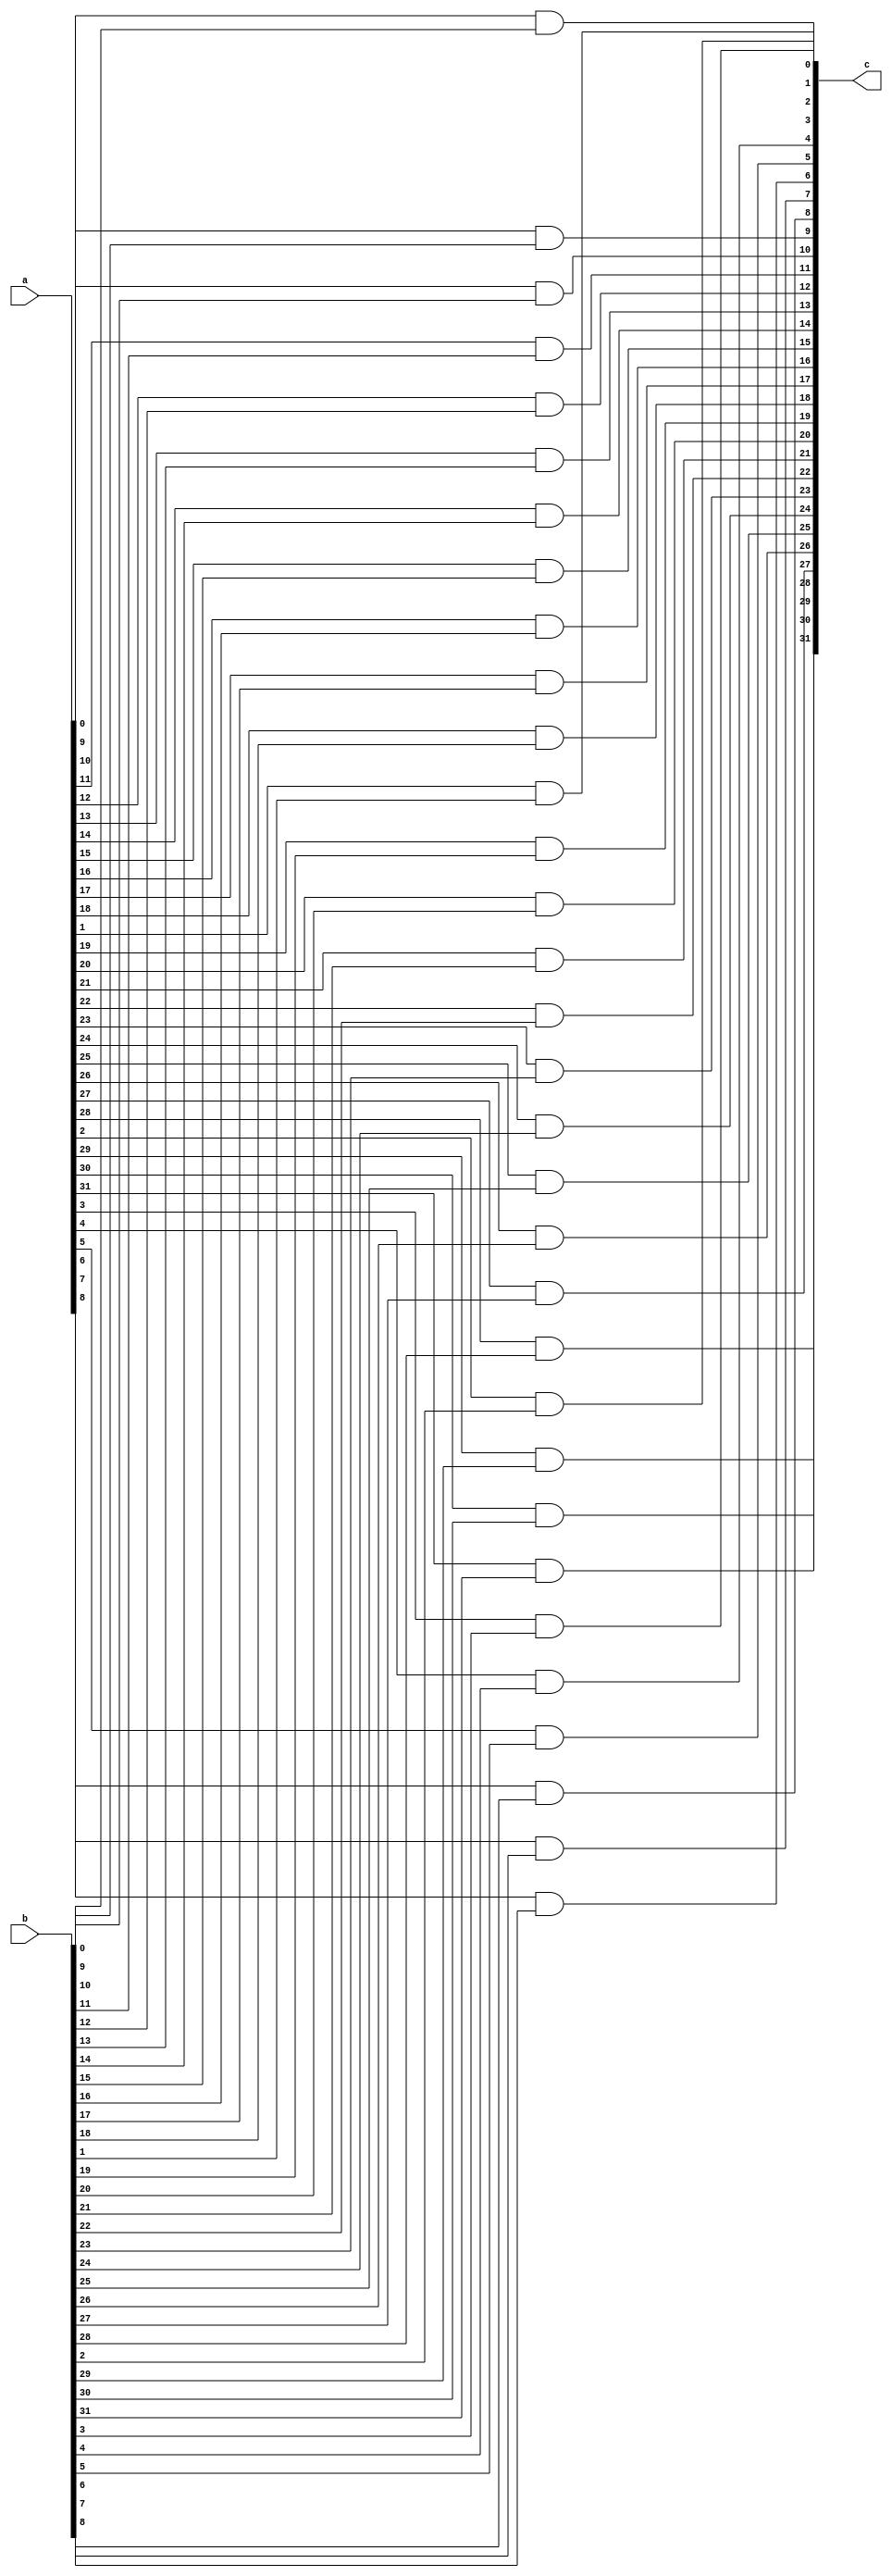
module and18(c,a,b);
input [31:0]a;
input [31:0]b;
output [31:0]c;

genvar i;

generate
for(i=0;i<32;i=i+1) begin
and a18(c[i],a[i],b[i]);
end
endgenerate

endmodule


module or18(f,d,e);
input [31:0]d;
input [31:0]e;
output [31:0]f;

genvar i;

generate
for(i=0;i<32;i=i+1) begin
or a18(f[i],d[i],e[i]);
end
endgenerate

endmodule


module nor18(j,g,h);
input [31:0]g;
input [31:0]h;
output [31:0]j;

genvar i;

generate
for(i=0;i<32;i=i+1) begin
nor a18(j[i],g[i],h[i]);
end
endgenerate

endmodule